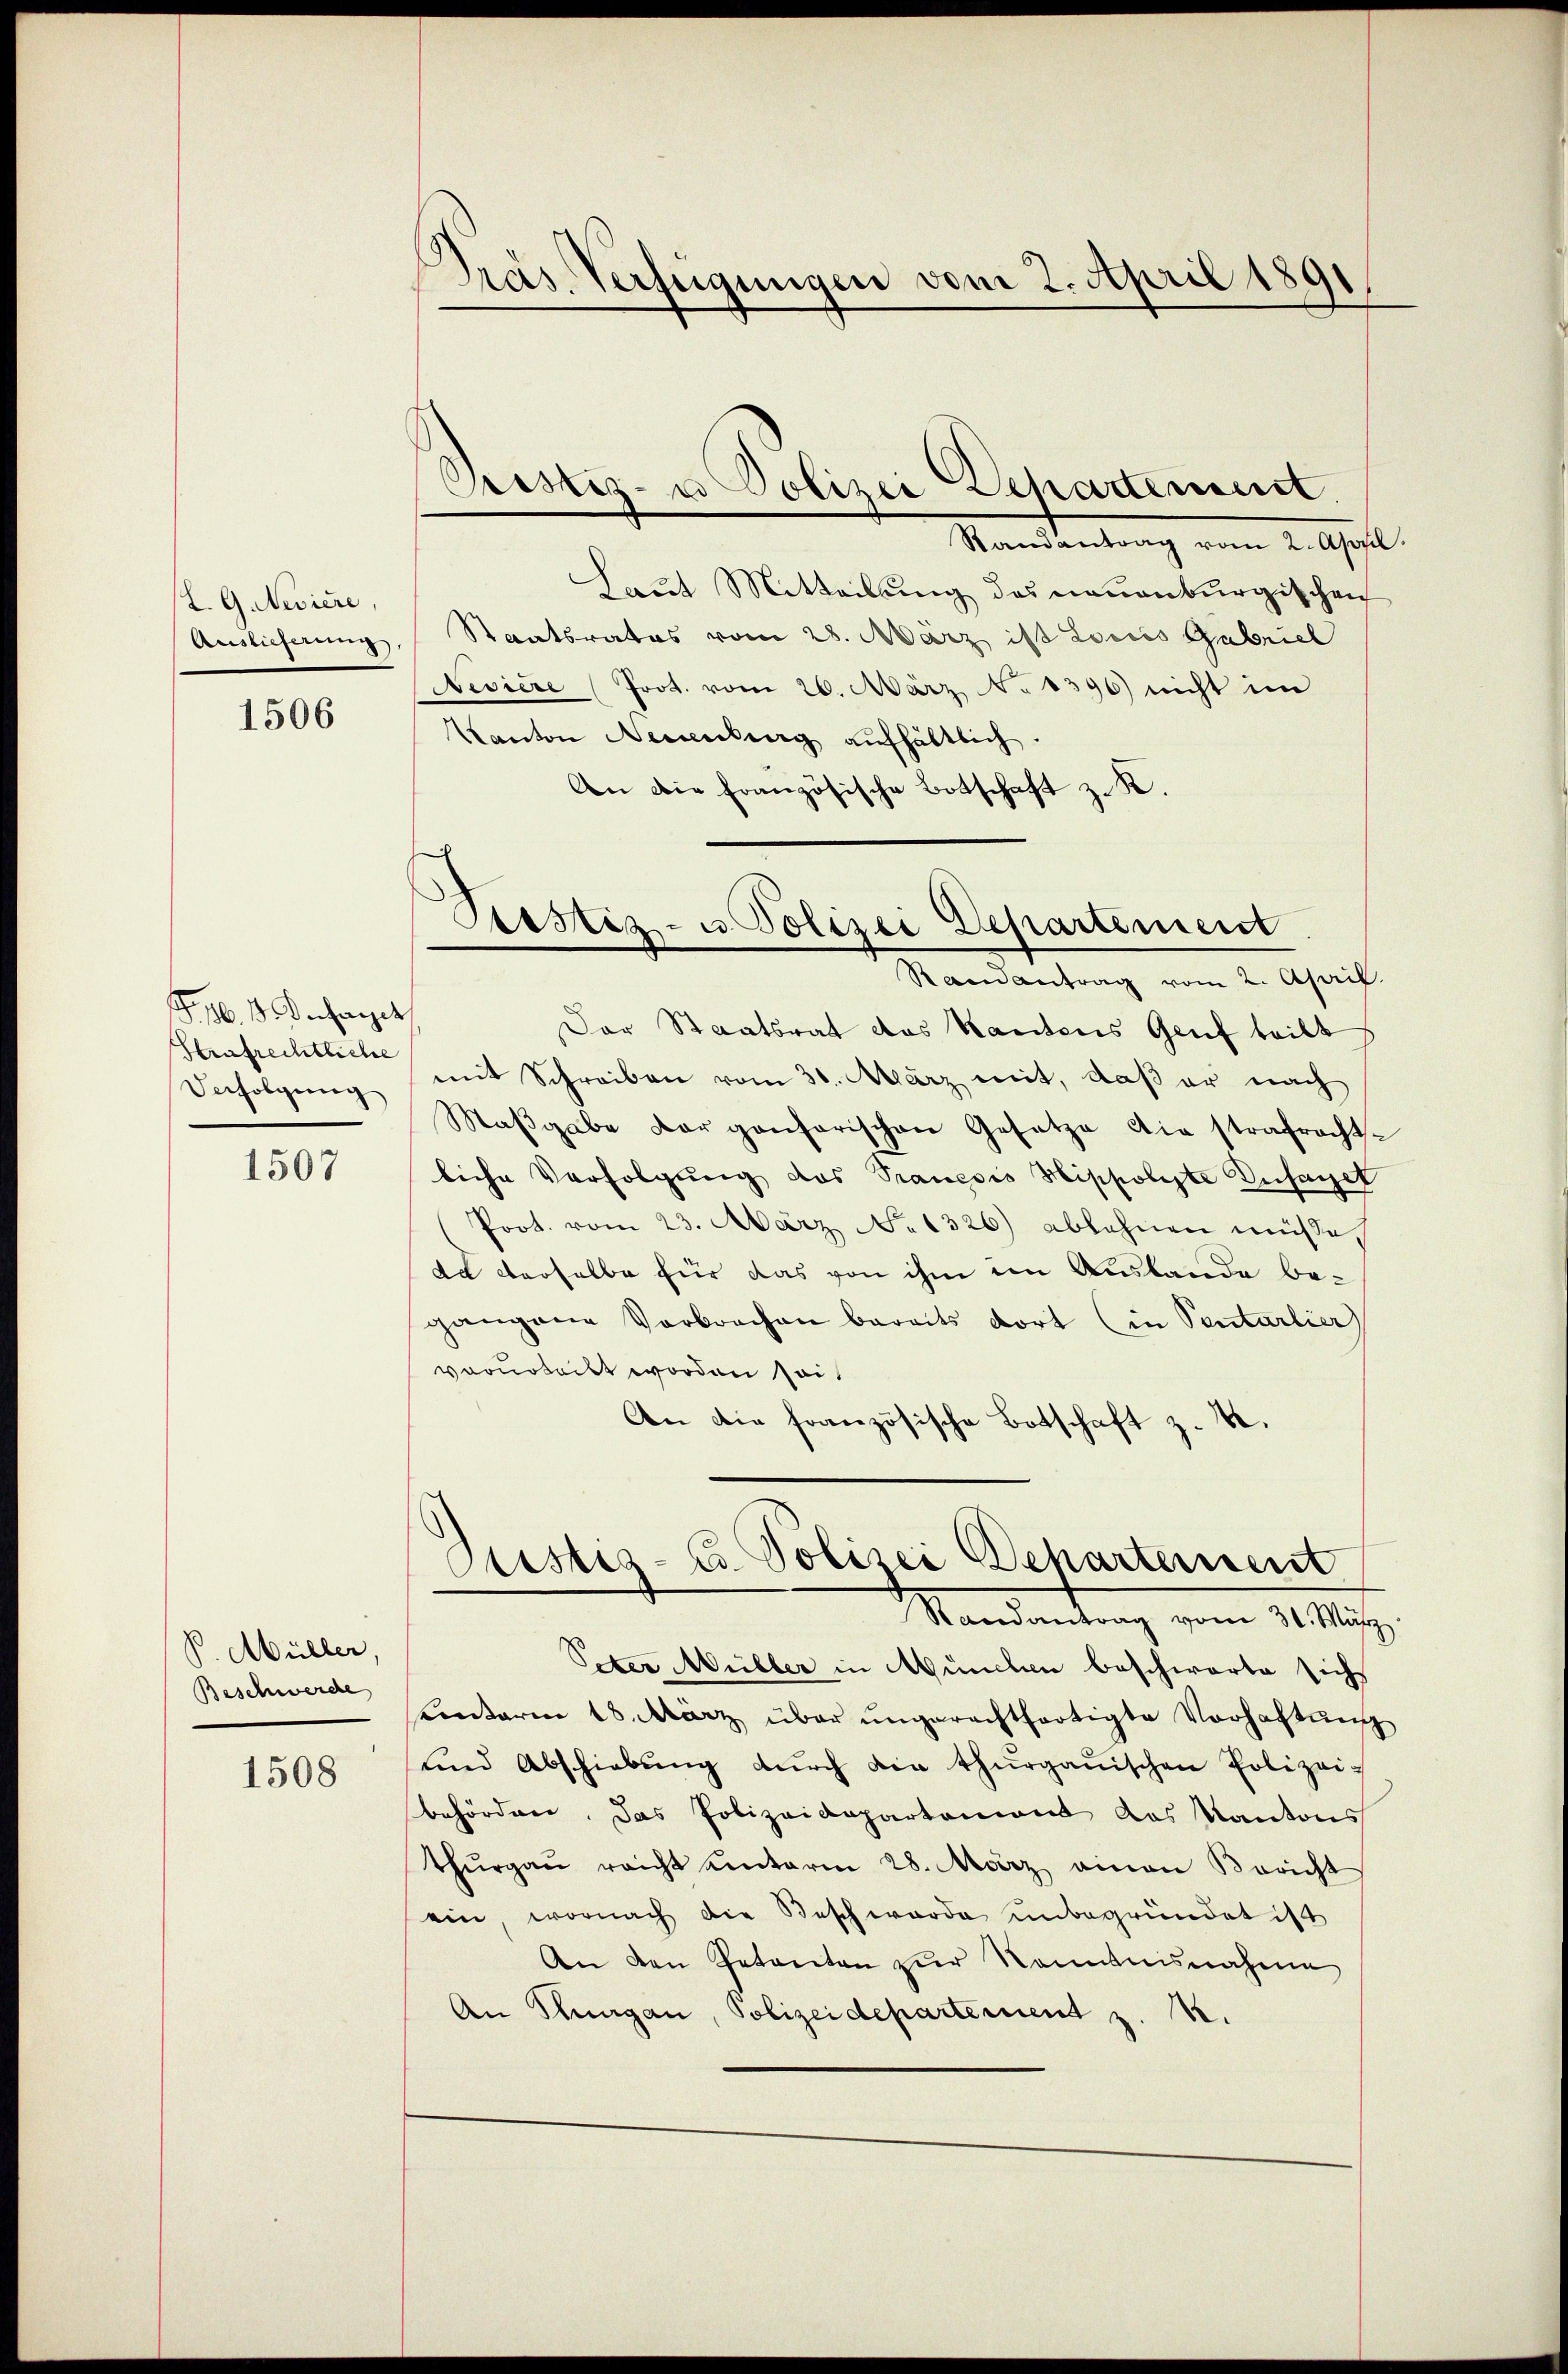
L. G. Neviere,
Auslieferung

1506

F. 16. 1. Denhanget
Strafrechtliche
Verfolgung

1507

P. Müller,
Beschwerde

1508

Präs. Verfügungen vom 2. April 1891

Preistiz- u Polizei Departement.

Postiz- u Polizei Departement

Randantrag vom 2. April
Laut Mitteilung des neuenburgischen
Staatsrates vom 28. März ist Louis Gabriel
Neviere (Prot. vom 26. März N. 1396) nicht im
Kanton Neuenburg aufhältlich.
An die französische Botschaft z. K.
Rand antrag vom 2. April.
Der Staatsrat das Kantons Genf teilt
mit Schreiben vom 31. März mit, daß er nach
Maβgabe der ganfarischen Gesetze die strafracht.
liche Verfolgung das Pranesis Hippolste Zusaget
Prot. vom 23. März No. 1326) ablehnen müße,
ad derselbe für das von ihm im Auslande begangene Verbrachen bereits dort (in Pentarlier
vorurteilt worden sei.
An die französische Botschaft z. B.
Sistiz- u. Polizei Departement
Randantrag vom 31. März
Peter Müller in Münden beschwarte sich
Contorin 18. März über ŭngerechtfertigte Vorhaltŭng
und Abschiebŭng dŭrch die thurgauischen Polizei-
behörden. Das Polizeidepartement des Kantons
Thŭrgaŭ reicht einterm 28. März ainen Bericht
ein, wornach die Beschwerde unbegründet ist
An den Petenten zŭr Kenntnisnahme
An Thurgau, Polizeidepartement z. B.

1